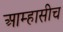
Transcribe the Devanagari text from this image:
आम्हासीच